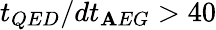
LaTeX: t_{QED}/dt_{\mathbf{A}EG}>40